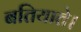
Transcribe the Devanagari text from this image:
बतियाते।